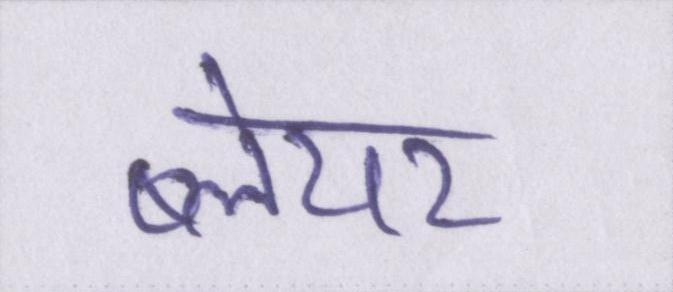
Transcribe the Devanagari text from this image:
ब्लेयर